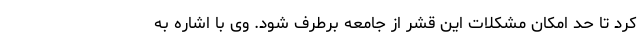
کرد تا حد امکان مشکلات این قشر از جامعه برطرف شود. وی با اشاره به